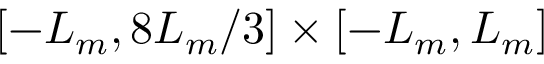
[ - L _ { m } , 8 L _ { m } / 3 ] \times [ - L _ { m } , L _ { m } ]